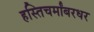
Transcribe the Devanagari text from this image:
हस्तिचर्मांबरधर